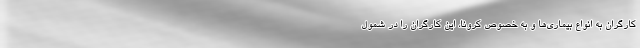
کارگران به انواع بیماری‌ها و به خصوص کرونا، این کارگران را در شمول